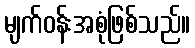
မျက်ဝန်းအစုံဖြစ်သည်။